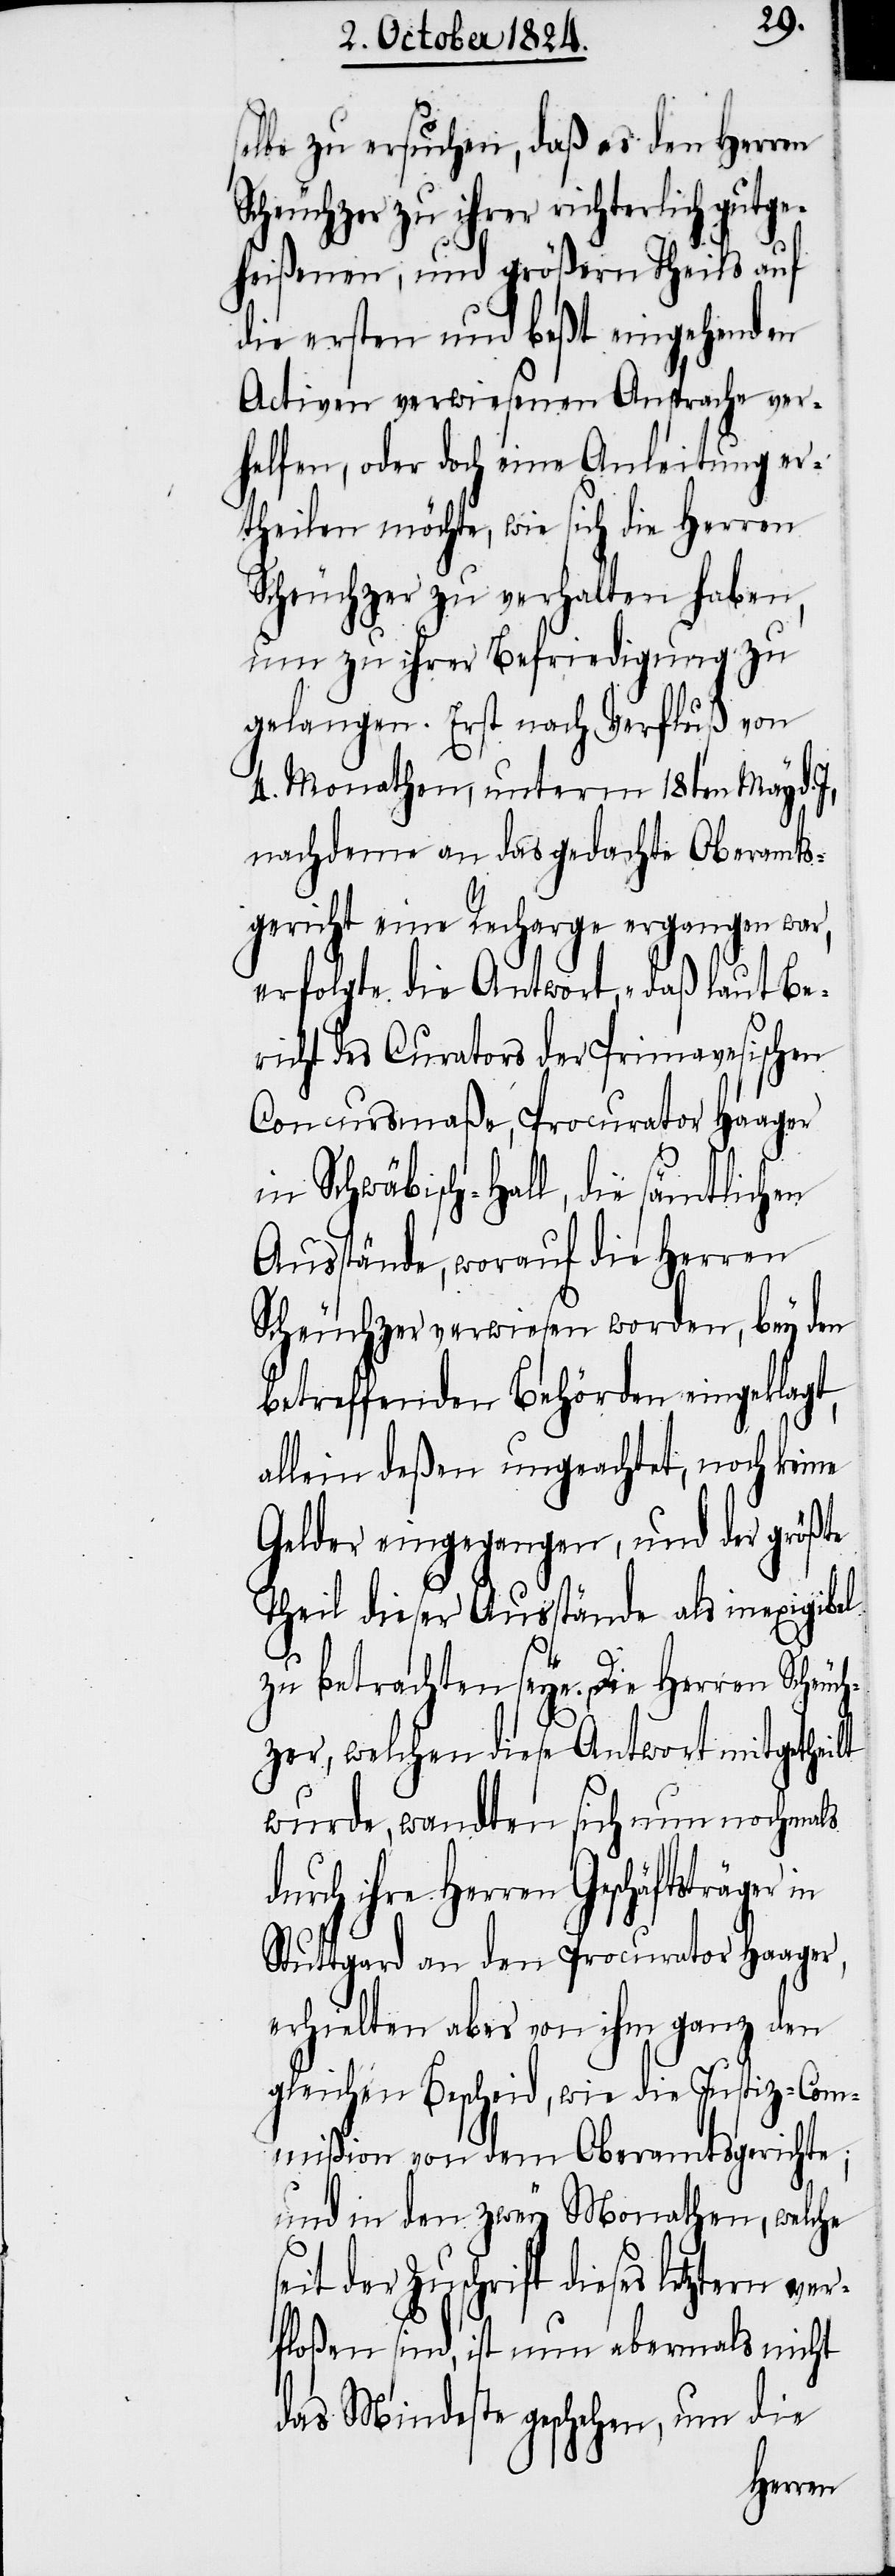
z-Co¬
selbe zu ersuchen, daß es den Herren
Scheuchzer zu ihrer richterlich gutge¬
heißenen, und größern Theils auf
die ersten und beßt eingehenden
Activen verwiesenen Ansprache ver¬
helfen, oder doch eine Anleitung er¬
theilen möchte, wie sich die Herren
Scheuchzer zu verhalten haben,
um zu ihrer Befriedigung zu
gelangen. Erst nach Verfluß von
4. Monathen, unterm 18ten May d.
nachdem an das gedachte Oberamts¬
gericht eine Recharge ergangen war,
erfolgte die Antwort, „daß laut Be¬
richt des Curators der Primavesischen
Concursmaße, Procurator Haager
in Schwäbisch-Hall, die sämtlichen
Ausstände, worauf die Herren
Scheuchzer verwiesen worden, bey den
betreffenden Behörden eingelegt,
allein deßen ungeachtet, noch keine
Gelder eingegangen, und der
Theil dieser Ausstände als inexigibel
zu betrachten seye. [“] Die Herren
welchen diese Antwort mitgetheilt
wurde, wandten sich nun nochmals
ihre Herren Geschäftsträger
Stuttgard an den Procurator Haager,
erhielten aber von ihm ganz den
gleichen Bescheid, wie die Justi¬
mmißion von dem Oberamtsgerichte;
und in den zwey Monathen, welche
der Zuschrift dieses letztern ve¬
rfloßen sind, ist nun abermals nicht
das Mindeste geschehen, um die